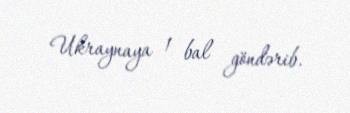
Ukraynaya 1 bal göndərib.